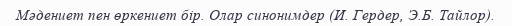
Мәдениет пен өркениет бір. Олар синонимдер (И. Гердер, Э.Б. Тайлор).